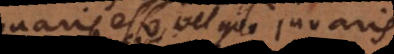
conaris esse, vel quo juvaris